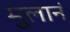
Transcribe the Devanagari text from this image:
मुलानं